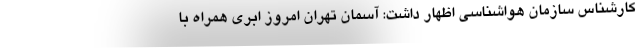
کارشناس سازمان هواشناسی اظهار داشت: آسمان تهران امروز ابری همراه با